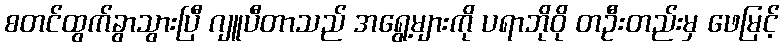
စတင်ထွက်ခွာသွားပြီ ဂျူပီတာသည် အရွေ့များကို ပရာဘိုဝို တဦးတည်းမှ ဖေမြင့်